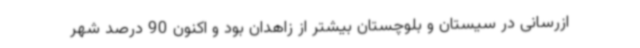
ازرسانی در سیستان و بلوچستان بیشتر از زاهدان بود و اکنون 90 درصد شهر